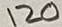
Text: 120